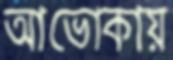
আভোকায়